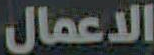
الاعمال